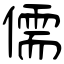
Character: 儒